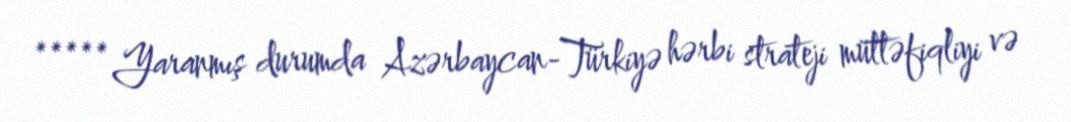
***** Yaranmış durumda Azərbaycan-Türkiyə hərbi strateji müttəfiqliyi və